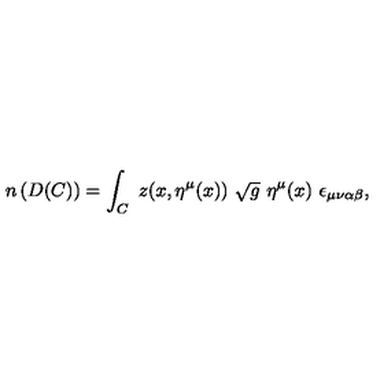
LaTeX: n \left( D ( C ) \right) = \int _ { C } \ z ( x , \eta ^ { \mu } ( x ) ) \ \sqrt { g } \ \eta ^ { \mu } ( x ) \ \epsilon _ { \mu \nu \alpha \beta } , \ \,